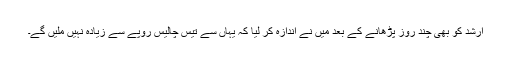
ارشد کو بھی چند روز پڑھانے کے بعد میں نے اندازہ کر لیا کہ یہاں سے تیس چالیس روپے سے زیادہ نہیں ملیں گے۔